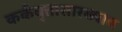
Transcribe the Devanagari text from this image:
कर्कवृत्तासारख्याच